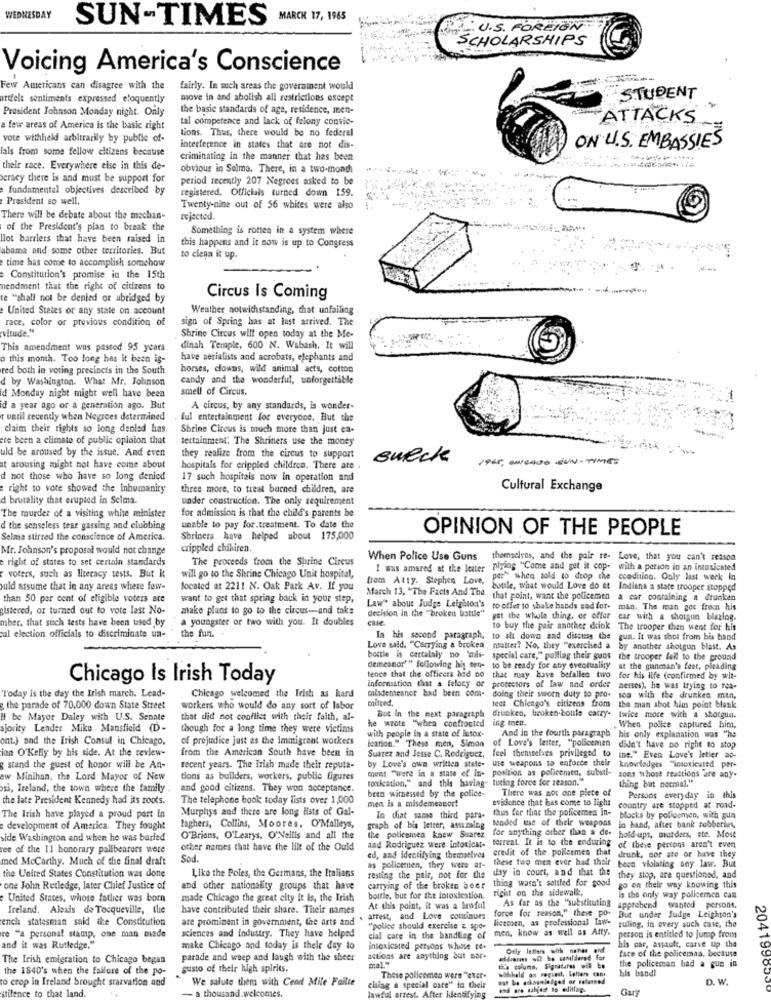
WEDNESDAY
SUN-TIMES
MARCH 17, 1965
P.U.S. FOREIGN
SCHOLARSHIPS
Voicing America's Conscience
Few Americans can disagree with the
fairly. In such areas the government would
artfelt sentiments expressed eloquently
move in and abolish all restrictions except
STUDENT
President Johnson Monday night. Only
the basic standards of age, residence, men-
tal competence and lack of felony convic-
ATTACKS
a few areas of America is the basic right
tions. Thus, there would be no federal
vote withheld arbitrarily by public of-
Tals from some fellow eltizens because
interference in states that are not dis-
ON U.S. EMBASSIES
criminating in the manner that has been
their race. Everywhere else in this de-
obvious in Selma. There, in a two-mond
cracy there Is and must be support for
period recently 207 Negroes asked to be
fundamental objectives described by
registered. Officials turned down 159.
President so well,
Twenty-nine out of 56 whites were also !.
There will be debate about the machan-
rejected.
of the President's plan to break the
Something is rotten in a system where
llot barriers that have been raised in
this happens and it now is up to Congress
abama and some other territories. But
time has come to accomplish somehow
to clean it up.
.. .
Constitution's promise in the 15th
mendment that the right of citizens to
te "shall not be denied or abridged by
Circus Is Coming
United States or any state on account
Weather notwithstanding, that unfailing
race, color or previous condition of
sign of Spring has at lust arrived. The
vitude."
Shrine Circus will open today at the Me-
This amendment was passed 95 years
dinah Terapie, 600 N. Wabash. It will
o this month. Too long has it been is-
have serialists and acrobats, elephants and
red both in voting precincts in the South
horses, clowns, wild animal acts, cotton
d by Washington. What Mr. Johnson
candy and the wonderful, unforgettable
smell of Circus.
id Monday night might well have been
id a year ago or a generation ago. But
A circus, by any standards, is wonder-
t until recently when Negroes determined
ful entertainment for everyone. But the
claim their rights so long denied has
Shrine Circus is much more than just en-
re been a climate of public opinion that
tertainment: The Shriners use the money
uld be aroused by the issue. And even
they realice from the circus to support
Bueck
1965, BURAGO SUN- TIMES
it arousing might not have come about
hospitals for crippled children. There are
d not those who have so long denied
17 such hospitais now in operation and
right to vore showed the inhumanity
three more, to treat barned children, are
Cultural Exchange
d brutality that erupted in Selma.
under construction. The only requirement
for admission is that the child's parents be
The murder of a visiting white minister
d the senseless tear gassing and clubbing
unable to pay for.treatment. To date the
OPINION OF THE PEOPLE
Selma stirred the conscience of America.
Shriners have helped about 175,000
Mr. Johnson's proposal would not change
crippled chihiren.
e right of states to set certain standards
The proceeds from the Shrine Circus
When Police Use Guns
themselves, and the pair re- Love, that you can't reason
I was amazed at the leater
plying "Come and get it cop- with a person in an Intoxicated
voters, such as literacy tests. But it
will go to the Shrine Chicago Unit hospital,
from Atty. Stephen Love,
per" when told to drop the ccadition. Only last week in
uld assume that in any areas where fow-
located at 2211 N. Oak Park Av. If you
March 13, "The Facts And The
bottle, what would Love do at Indiana a state trooper stopped
than 50 per cent of eligible voters ace
want to get that spring back in your step,
that point, want the policemen a car containing a drunken
gistered, or turned out to vote last No-
make plans to go to the circus-and taks
decision in the ""broken bottle"
Law" about Judge Leigoson's tooffer to shake hands sad for-
Law" about Judge Leighson's
man. The man got from his
mber, that such tests have been used by
a youngster or two with you. It doubles
got the whole thing, or offer
car with a shotgun blazing.
the fun.
to buy the pair another drink The trooper then went for his
The trooper then went for his
cual election officials to discriminate un-
In his second paragraph, to sit down and discuss the
gun. It was shot from his hand
Love said. "Carrying a broken natter? No, they "exercised a by another shotgun blast. As
bottle is certalaly no "mis- special care," palllag their guns the trooper fell to the ground
demeanor'" following hij sen- to be ready for aby eventuality at the gunman's feet, pleading
tence that the officers hid no
Chicago Is Irish Today
that may have befallen two for his life (confirmed by wit-
Today is the day the Irish march. Lead-
misdemeanor had been com-
information that a fefocy or
protectors of law and order
nesses), he was trying to roa-
Chicago welcomed the Irish as kard
mitted.
doing their sworn duty to pro-
tect Chicago's citizens from
soa with the drunken man,
the parade of 70,000 down State Street
workers who would do any sort of labor
But In the next paragraph
the man shot him point blank
Il be Mayor Daley with U.S. Senate
that did not conflict with their faith, al-
he wrote "when confronted
ing men.
drucken, broken-bottle carry- twice more with a shotgun.
ajority Lender Mike Mansfield (D-
though for a long time they were victims
with people in a state of Butor-
When police captured him.
ont.) and the Irish Consul in Chicago,
of prejudice just as the Immigrant workers
And in the fourth paragraph his only explanation was "he
ian O'Kelly by his side. At the review-
from the American South have been in
Ication." These men, Simon of Love's letter, "policemen didn't have no right to stop
Suarez and Jesse C. Rodriguez, feel themselves privileged to ine." Even Love's letter ao-
g stand the guest of honor will be An-
recent years. The Irish made their reputa-
by Love's own written state-
use weapons to enforce their knowledges "intoxicated per-
ew Minihan, the Lord Mayor of New
tions as bullders, workers, public figures
ment "were in a state of In- position as policemen, substl- sons whose reactions are any-
toxication," and this having- turing force for reason."
thing but normal."
si, Ireland, the town where the family .
and good citizens. They won acceptance.
been witnessed by the police-
There was not one piece of
the late President Kennedy had its roots.
The telephone book today lists over 1,000
men is a misdemeanor!
evidence that has come to light
Persons everyday in this
Murphys and there are long lists of Gal-
country are stopped at road-
The Irish have played a proud part in
In diat same third p
thus for that the policemea In- blocks by policemen, with gun
e development of America. They fought
taghers, Collins, Moores, O'Malleys,
graph of his letter, assuming
bonded use of their weapons in hand, after bank robberies,
side Washington and when he was buried
O'Brians, O'Learys, O'Nellis and all the
the policemen knew Suarez
and Rodriguez were intoxicat- torrent. It is to the enduring
for anything other than a de- hold-ups, murders, ste. Most
ree of the Il honorary pallbearers were
other names that have the lilt of the Ould
of these persons aren't even
med McCarthy. Much of the final draft
Sod.
ed, and identifying themselves
ed, and identifying themselves credit of the policemes that drunk, oor are or have they
these two men ever had their
as policerien, they were ar-
resting the pair, not for the day in court, and that the
boss violating any law. But
the United States Constitution was done
Like the Poles, the Germans, the Italians
they stop, are questioned, and
one John Rutledge, later Chief Justice of
and other nationality groups that have
carrying of the broken beer thing wasn't settled for good go on their way knowing this
right on the sidewalk.
United States, whose father was born
made Chicago the great city it is, the Irish
bottle, but for the intoxication.
As far as the "substituting
is the only way policemen can
Ireland, Alexis de Tocqueville, the
have contributed their share. Their names
At this point, it was a lawful
force for reason," these po-
apprehend wanted persons.
ench statesman said the Constitution
are prominent in government, the arts and
. arrest, and Love continues
licemen, as professional law-
But under Judge Leighton's
"police should exercise & spo-
men, know as well as Atty.
ruling, in every such case, the
re "a personal stamp, one man made
sciences and industry. They have helped
cial care in the handling of
person is entitled to jump from
and it was Rutledge."
make Chicago and today is their day to
intoxicated persons whose te.
Orly letians with nanes and
his car, assault, carve up the
face of the policeman. because
The Irish emigration to Chicago began
parade and weep and laugh with the sheer
actions are anything but mor-
mal."
the 1840's when the failure of the po-
gusto of their high spirits.
withald on regiest, letters cant
this column, Signatures wil be
the policeman had a sua in
his band!
to crop in Ireland brought starvation and
We salute them with Cend Mile Fallte
These policemen were "exer-
D. W.
stilence to that land.
- a thousand.welcomes.
ching a special care" io their
lawful arrest. After identifying
and are sahjest to editlag.
Gary
2041998500